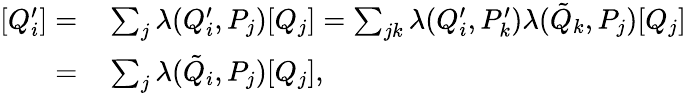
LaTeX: \begin{array}{rl}{[Q_{i}^{\prime}]=}&{{}\sum_{j}\lambda(Q_{i}^{\prime},P_{j})[Q_{j}]=\sum_{jk}\lambda(Q_{i}^{\prime},P_{k}^{\prime})\lambda(\tilde{Q}_{k},P_{j})[Q_{j}]}\\ {=}&{{}\sum_{j}\lambda(\tilde{Q}_{i},P_{j})[Q_{j}],}\end{array}